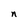
Character: n